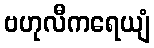
ဗဟုလီကရေယျံ